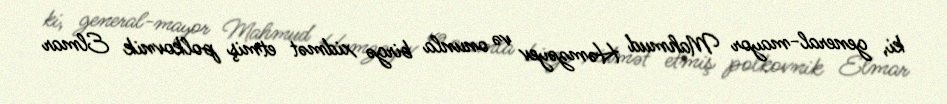
ki, general-mayor Mahmud Həmzəyev və onunla birgə xidmət etmiş polkovnik Elmar